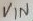
Text: VIN